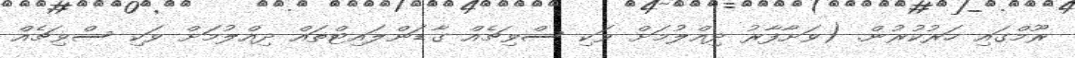
ރޫމްގައި ހަރުކުރުން. (ވަށާފާރު ދިއްލުމަށް ވަކި ސްވިޗެއް ގާޑަންލައިޓްތައް ދިއްލުމަށް ވަކި ސްވިޗެއް